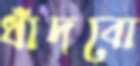
ধাঁদবো